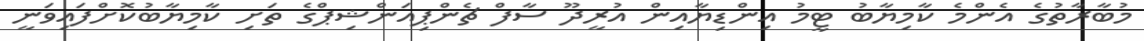
މުބާރާތުގެ އެންމެ ކާމިޔާބު ޓީމު އިންޑިޔާއިން އުރީދޫ ސާފް ޗެންޕިއަންޝިޕްގެ ތަށި ކާމިޔާބުކޮށްފައިވަނީ